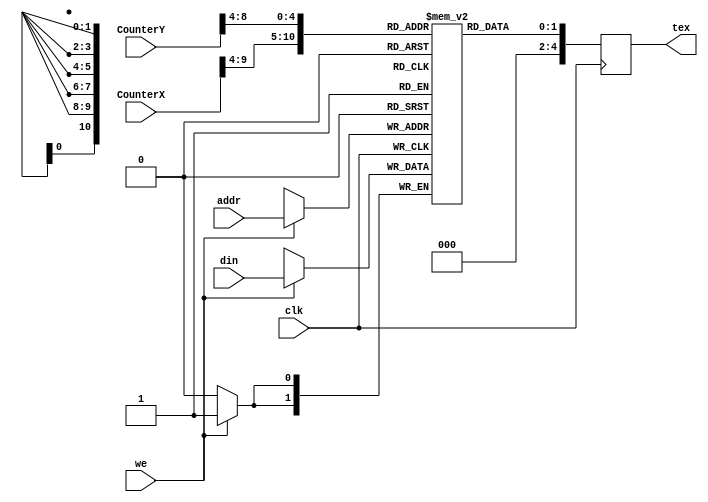
module uiController(
	input clk,
	
	input[9:0] CounterX,
	input[8:0] CounterY,
	
	input we,
	input[10:0] addr,
	input[1:0] din,
	
	output reg[4:0] tex
);


reg[1:0] memory[2047:0];

reg[11:0] n;

initial begin
	for(n=0;n<2048;n = n + 1) begin
		memory[n] = 0;
		end
end


always@(posedge clk)begin
	
	if(we)
		memory[addr] <= din;
		
	tex <= memory[{CounterX[9:4],CounterY[8:4]}];
	end

endmodule